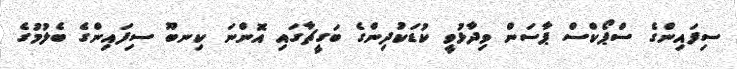
ސިފައިންގެ ސްޕޯކްސް ޕާސަން ވިދާޅުވީ ކުޑަކުދިންގެ ބަގީޗާގައި އޮންނަ ކިނބޫ ސިފައިންގެ ބެލުމުގެ